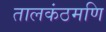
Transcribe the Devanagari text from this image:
तालकंठमणि